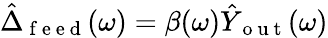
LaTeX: \hat{\Delta}_{\mathrm{~f~e~e~d~}}(\omega)=\beta(\omega)\hat{Y}_{\mathrm{~o~u~t~}}(\omega)